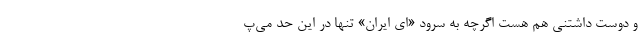
و دوست داشتنی هم هست اگرچه به سرود «ای ایران» تنها در این حد می‌پ